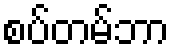
စပ်တမ်ဘာ